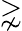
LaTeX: \gnsim